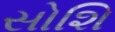
સોશિ